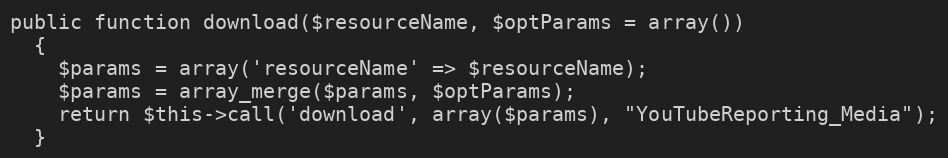
Language: PHP
public function download($resourceName, $optParams = array())
  {
    $params = array('resourceName' => $resourceName);
    $params = array_merge($params, $optParams);
    return $this->call('download', array($params), "YouTubeReporting_Media");
  }